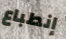
إنطباع